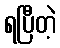
ရပြီတဲ့